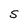
Character: S